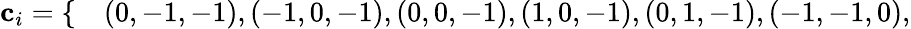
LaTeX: \begin{array}{rl}{\mathbf{c}_{i}=\{ }&{{}(0,-1,-1),(-1,0,-1),(0,0,-1),(1,0,-1),(0,1,-1),(-1,-1,0),}\end{array}